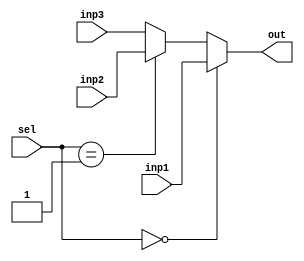
`timescale 1ns / 1ps
//////////////////////////////////////////////////////////////////////////////////
// Company: 
// Engineer: 
// 
// Design Name: 
// Module Name:    MUX3x1_5 
// Project Name: 
// Target Devices: 
// Tool versions: 
// Description: 
//
// Dependencies: 
//
// Revision: 
// Revision 0.01 - File Created
// Additional Comments: 
//
//////////////////////////////////////////////////////////////////////////////////
module MUX3x1_5(
	 input [4:0] inp1,
	 input [4:0] inp2,
	 input [4:0] inp3,
	 input [1:0]sel,
	 output reg [4:0] out
    );
	 
	 always @(*) begin
	    if (sel == 2'b00)
		     out = inp1;
		 else if (sel == 2'b01)
		     out = inp2;
		 else
		     out = inp3;
	 end

endmodule